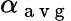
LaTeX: \alpha_{\mathrm{~a~v~g~}}